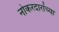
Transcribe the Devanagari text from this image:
नोकरदारांच्या